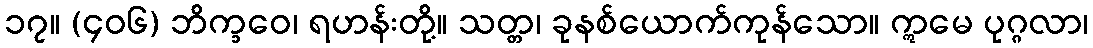
၁၇။ (၄၀၆) ဘိက္ခဝေ၊ ရဟန်းတို့။ သတ္တ၊ ခုနစ်ယောက်ကုန်သော။ ဣမေ ပုဂ္ဂလာ၊